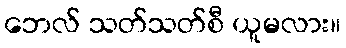
ဘေလ် သတ်သတ်စီ ယူမလား။